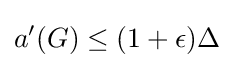
a'(G)\leq (1+\epsilon )\Delta